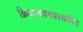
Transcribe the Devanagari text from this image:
क्रियान्वयनप्रस्तावित